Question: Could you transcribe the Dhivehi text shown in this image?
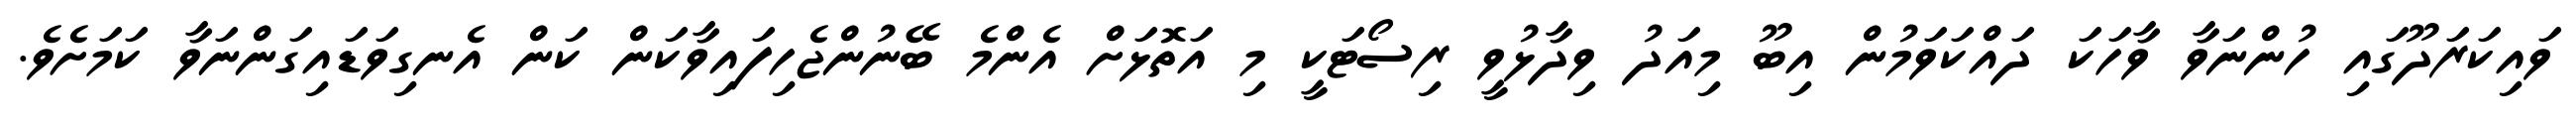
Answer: ވައިކަރަދޫގައި ހުންނަވާ ވާހަކަ ދައްކަވަމުން އިބޫ މިއަދު ވިދާޅުވީ ރިސޯޓަކީ މި އަތޮޅަށް އެންމެ ބޭނުންޖެހިފައިވާކަން ކަން އެނގިވަޑައިގަންނަވާ ކަމަށެވެ.